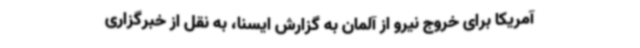
آمریکا برای خروج نیرو از آلمان به گزارش ایسنا، به نقل از خبرگزاری